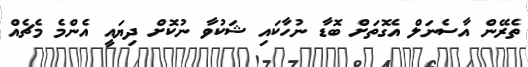
ތެރޭން އާސެނަލް އެގޮތަށް ބޮޑާ ނުހާކައި ޝަކުވާ ނުކޮށް ދިޔައީ އެންމެ މެޗެއް